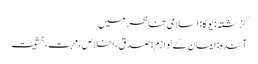
گزشتہ: یوگا : اسلامی تناظر میں
آئندہ: ایمان کے لوازم : صدق، اخلاص، محبت، خشیت